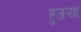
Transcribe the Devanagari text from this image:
हुजऱ्या